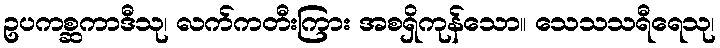
ဥပကစ္ဆကာဒီသု၊ လက်ကတီးကြား အစရှိကုန်သော။ သေသသရီရေသု၊